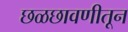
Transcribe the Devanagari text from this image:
छळछावणीतून